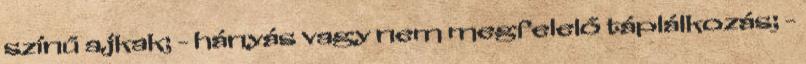
színű ajkak; - hányás vagy nem megfelelő táplálkozás; -